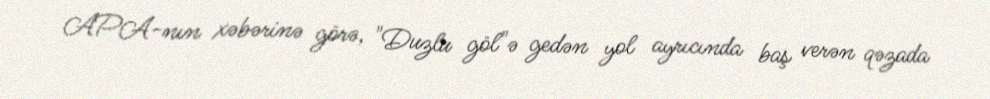
APA-nın xəbərinə görə, "Duzlu göl"ə gedən yol ayrıcında baş verən qəzada